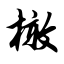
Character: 橄